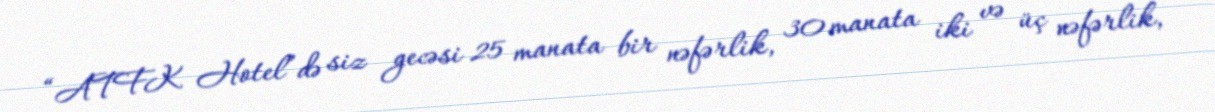
“ATFK Hotel”də siz gecəsi 25 manata bir nəfərlik, 30 manata iki və üç nəfərlik,